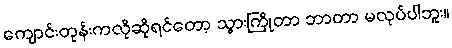
ကျောင်းတုန်းကလိုဆိုရင်တော့ သွားကြိုတာ ဘာတာ မလုပ်ပါဘူး။